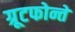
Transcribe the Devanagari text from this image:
ग्रूटफोन्तें